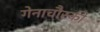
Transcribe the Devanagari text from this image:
गेनाचौस्की